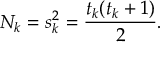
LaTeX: N _ { k } = s _ { k } ^ { 2 } = { \frac { t _ { k } ( t _ { k } + 1 ) } { 2 } } .